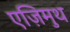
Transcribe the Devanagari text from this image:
एज़िमुथ